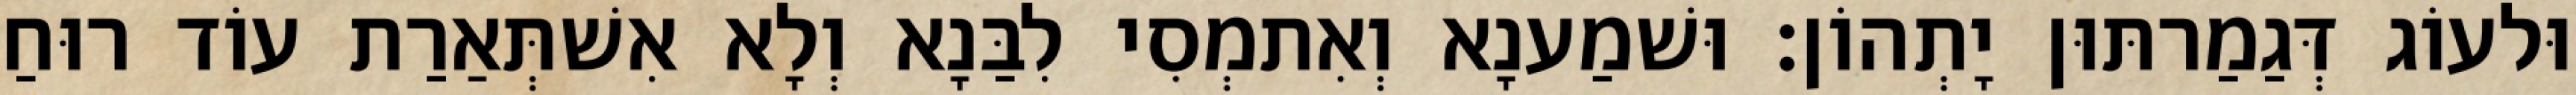
וּלעוֹג דְּגַמַרתּוּן יָתְהוֹן׃ וּשׁמַענָא וְאִתמְסִי לִבַּנָא וְלָא אִשׁתְּאַרַת עוֹד רוּחַ